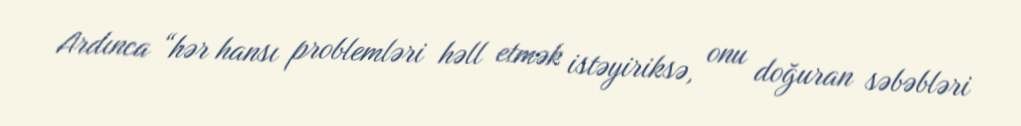
Ardınca “hər hansı problemləri həll etmək istəyiriksə, onu doğuran səbəbləri